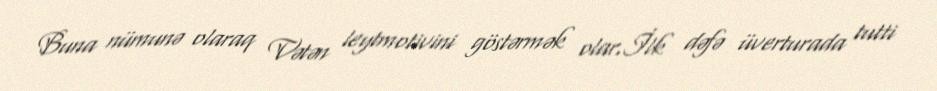
Buna nümunə olaraq Vətən leytmotivini göstərmək olar.İlk dəfə üverturada tutti